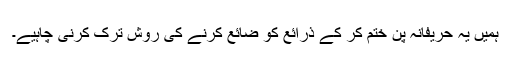
ہمیں یہ حریفانہ پن ختم کر کے ذرائع کو ضائع کرنے کی روش ترک کرنی چاہیے۔